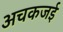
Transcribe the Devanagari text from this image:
अचकजई